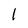
Character: l